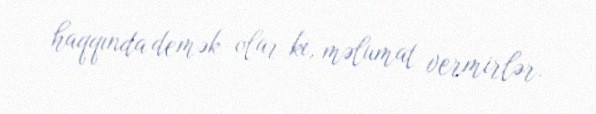
haqqında demək olar ki, məlumat vermirlər.